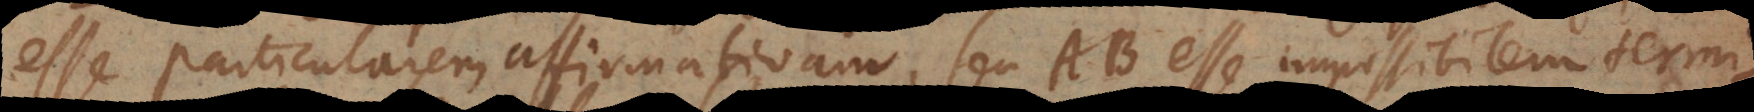
esse particularem affirmativam, seu AB esse impossibilem termi